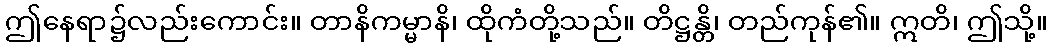
ဤနေရာ၌လည်းကောင်း။ တာနိကမ္မာနိ၊ ထိုကံတို့သည်။ တိဋ္ဌန္တိ၊ တည်ကုန်၏။ ဣတိ၊ ဤသို့။